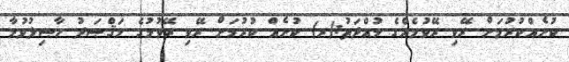
ކުށެއްކުރުމަށް ރޭވި ރޭވުމެއްގެ މުއްދަތު:(ރ) ކުށެއް ކުރުމަށް ރޭވި ރޭވުމުގެ މަޤްޞަދު ޙާޞިލުވުމާ